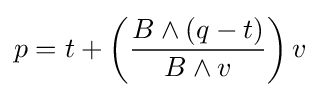
p=t+\left({\frac {B\wedge (q-t)}{B\wedge v}}\right)v